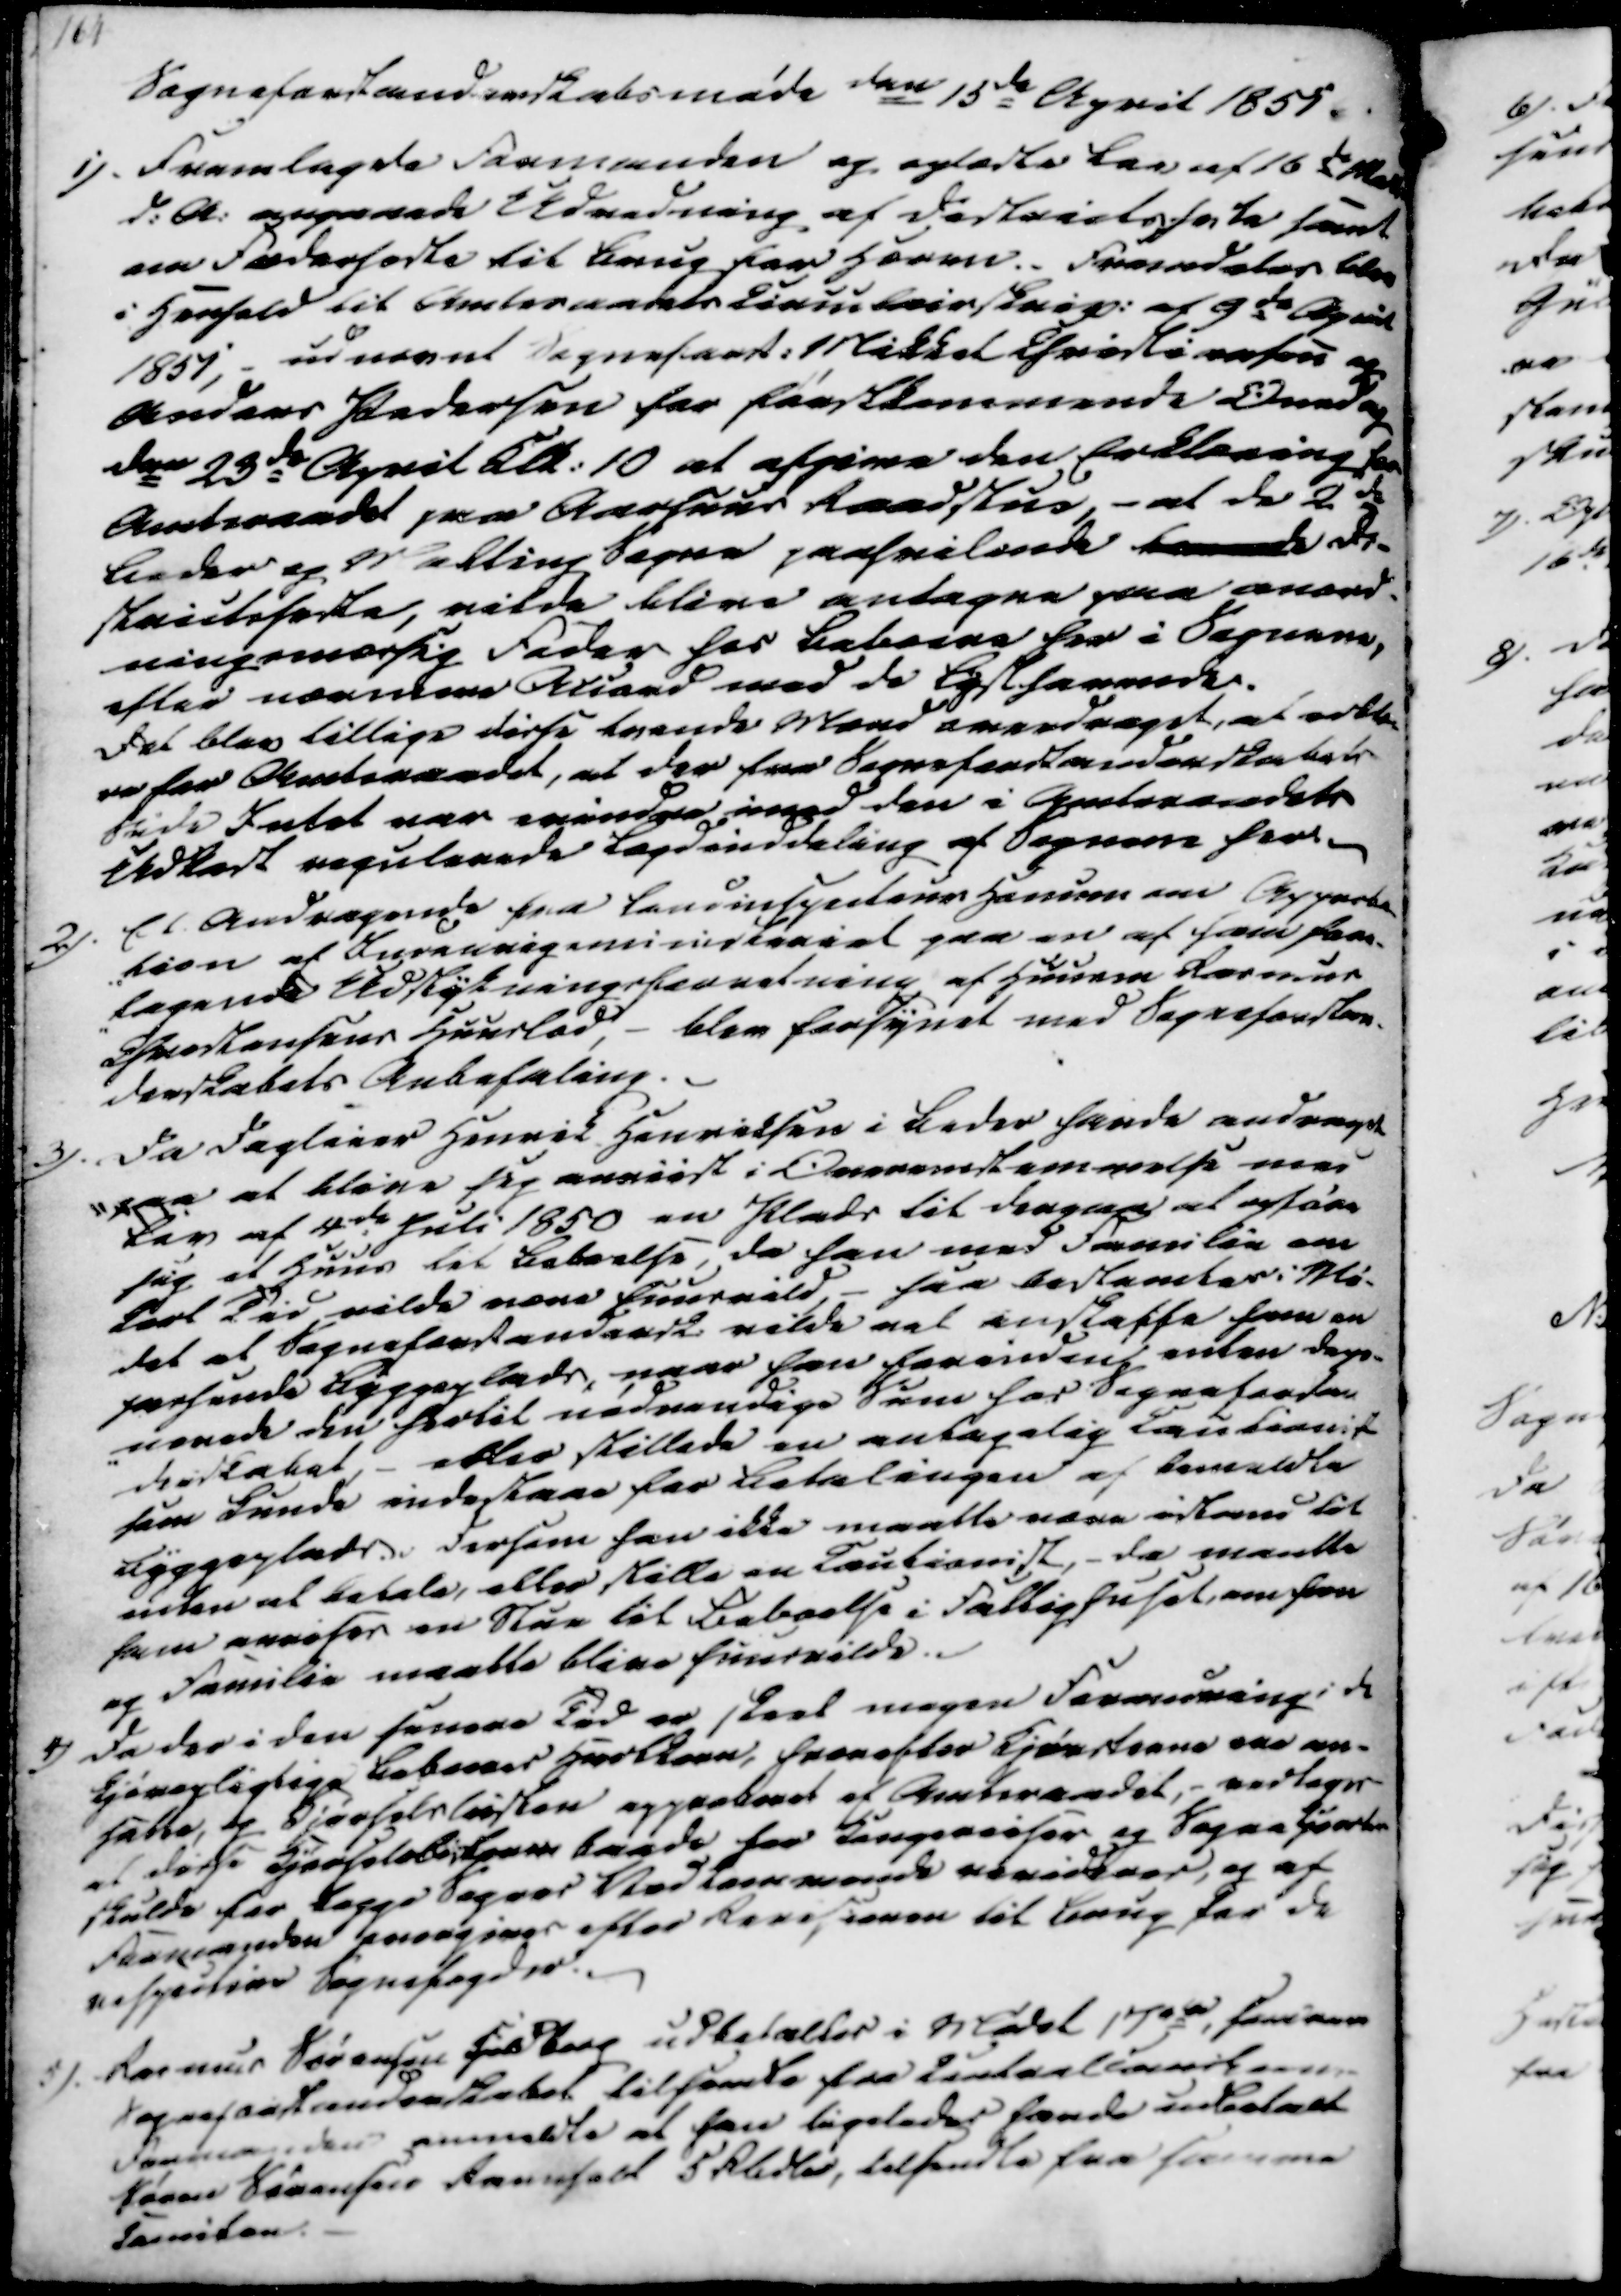
Transskription:
Sogneforstanderskabsmøde den 15de April 1851.
1). Fremlagde Formanden og oplæste Lov af 16de Marts
d.A. angaaede Udredning af Districtsheste samt
om Foderheste til Brug for Hæren. Fremdeles blev
i Henhold til Amtsraadets Circulairskriv. af 9de April
1851,- udnævnt Sogneforst. Mikkel Christiansen og
Anders Pedersen for førstkommende Oved og
den 23de April Klk. 10 at afgive den Erklæring for
Amtsraadet paa Aarhuus Raadstue, - at de 2de
Beder og Malling Sogne paahvilende
Di-
strictsheste, vilde blive antagne paa anord
ningsmæssig Foder hos Beboere her i Sognene,
efter nærmere Accord med de Lysthavende.
Det blev tillige disse tvende Mænd overdraget, at arble
re for Amtsraadet, at der fra Sogneforstanderskabets
Side Intet var erindre imod den i Amtsraadets
Udladt regulerede Lagdinddeling af Sognene her.
2). Et Andragende fra Landinspecteur Hansen om Approba-
-tion af Indenrigsministeriet paa en af ham fore-
-tagende Udstykningsforretning af Huusm Rasmus
Christensens Huuslod, - blev forsynet med Sogneforstan-
derskabets Anbefaling.

3). Da Dagleier Henrik Henriksen i Beder havde andraget
paa at blive sig anviist i Overenstemmelse med
Lov af 4de Juli 1850 en Plads til derpaa at opføre
sig at Huus til Beboelse, da han med Familie om
kort Tid vilde være Huusvild, - saa bestemtes i Mø-
det at Sogneforstandersk. vilde vel anskaffe ham en
passende Byggeplads, naar han foreinden enten depo-
-nerede den hertil nødvendige Sum for Sogneforsan
derskabet, - eller stillede en antagelig Cautionit
som kunde indestaae for Betalingen af bemeldte
Byggeplads. Dersom han ikke maatte være istand til
enten at betale, eller stille en Cautionist, - da maatte
ham anvises en Stue til Beboelse i Fattighuset, om han
og Familie maatte blive Huusvilde.
4) Da der i den samme Tid er skeet megen Forandning i de
Kjørepligtige Beboeres Hartkorn, hvorefter Kjørslerne ere om-
satte, og Kjørselslisten approberet af Amtsraadet,- vedtages
at disse Kjørselslisterne baade for Kongereiser og Sognekjørsler
skulde for begge Sognes Vedkommende revideres, og af
Formanden overgives efter Revisionen til Brug for de
respective Sognefogder.
5). Rasmus Sørensen Kidberg udbetaltes i Mødet 17 rd, som ere
Sogneforstanderskabet tilsendte fra Canterliaerkassen
Formanden anmeldte at han ligeledes havde udbetalt
Søren Sørensen Ravnholt 5 Rbdler, tilsendte fra samme
Comiten.